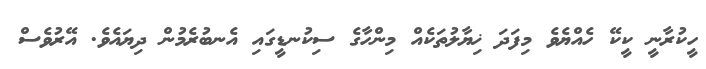
ހީކުރާނީ ކީކޭ ހެއްޔެވެ މިފަދަ ޚިޔާލުތަކެއް މިންހާގެ ސިކުނޑީގައި އެނބުރެމުން ދިޔައެވެ. އޭރުވެސް